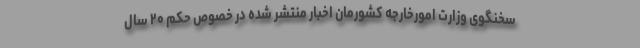
سخنگوی وزارت امورخارجه کشورمان اخبار منتشر شده در خصوص حکم ۲۰ سال